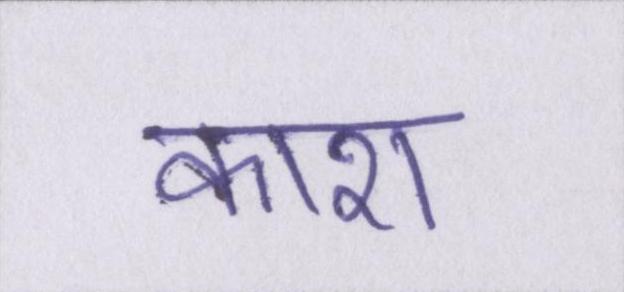
काश